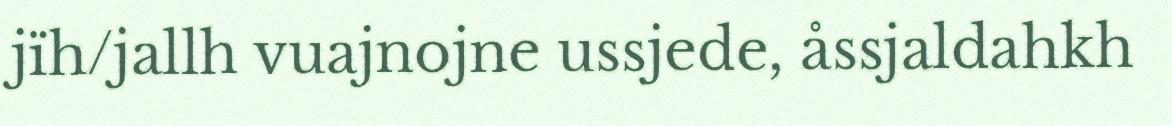
jïh/jallh vuajnojne ussjede, åssjaldahkh